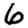
Digit: 6